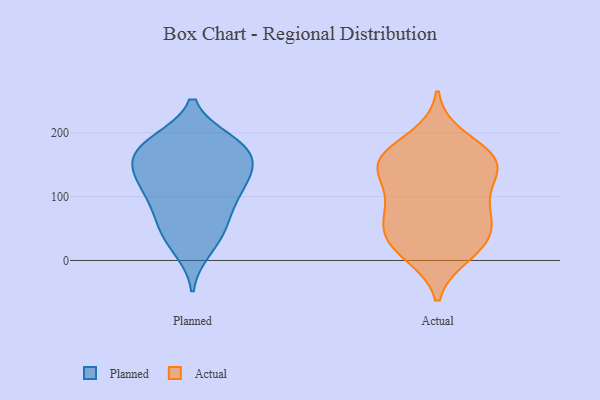
{"axis": {"x": "Latency (ms)", "y": "Value"}, "legend": ["Actual", "Planned"], "data": [{"x": "", "y": 160, "type": "Planned"}, {"x": "", "y": 152, "type": "Planned"}, {"x": "", "y": 32, "type": "Planned"}, {"x": "", "y": 161, "type": "Planned"}, {"x": "", "y": 58, "type": "Planned"}, {"x": "", "y": 107, "type": "Planned"}, {"x": "", "y": 57, "type": "Planned"}, {"x": "", "y": 128, "type": "Planned"}, {"x": "", "y": 123, "type": "Planned"}, {"x": "", "y": 176, "type": "Planned"}, {"x": "", "y": 183, "type": "Planned"}, {"x": "", "y": 18, "type": "Planned"}, {"x": "", "y": 80, "type": "Planned"}, {"x": "", "y": 185, "type": "Planned"}, {"x": "", "y": 186, "type": "Planned"}, {"x": "", "y": 102, "type": "Planned"}, {"x": "", "y": 133, "type": "Planned"}, {"x": "", "y": 58, "type": "Actual"}, {"x": "", "y": 16, "type": "Actual"}, {"x": "", "y": 10, "type": "Actual"}, {"x": "", "y": 51, "type": "Actual"}, {"x": "", "y": 97, "type": "Actual"}, {"x": "", "y": 150, "type": "Actual"}, {"x": "", "y": 40, "type": "Actual"}, {"x": "", "y": 29, "type": "Actual"}, {"x": "", "y": 152, "type": "Actual"}, {"x": "", "y": 92, "type": "Actual"}, {"x": "", "y": 160, "type": "Actual"}, {"x": "", "y": 147, "type": "Actual"}, {"x": "", "y": 156, "type": "Actual"}, {"x": "", "y": 150, "type": "Actual"}, {"x": "", "y": 86, "type": "Actual"}, {"x": "", "y": 192, "type": "Actual"}]}